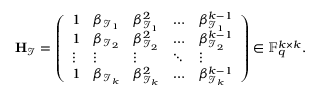
\mathbf { H } _ { \mathcal { I } } = \left( \begin{array} { l l l l l } { 1 } & { \beta _ { \mathcal { I } _ { 1 } } } & { \beta _ { \mathcal { I } _ { 1 } } ^ { 2 } } & { \hdots } & { \beta _ { \mathcal { I } _ { 1 } } ^ { k - 1 } } \\ { 1 } & { \beta _ { \mathcal { I } _ { 2 } } } & { \beta _ { \mathcal { I } _ { 2 } } ^ { 2 } } & { \hdots } & { \beta _ { \mathcal { I } _ { 2 } } ^ { k - 1 } } \\ { \vdots } & { \vdots } & { \vdots } & { \ddots } & { \vdots } \\ { 1 } & { \beta _ { \mathcal { I } _ { k } } } & { \beta _ { \mathcal { I } _ { k } } ^ { 2 } } & { \hdots } & { \beta _ { \mathcal { I } _ { k } } ^ { k - 1 } } \end{array} \right) \in \mathbb { F } _ { q } ^ { k \times k } .